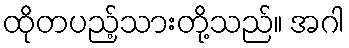
ထိုတပည့်သားတို့သည်။ အဂါ